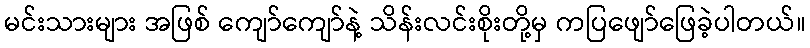
မင်းသားများ အဖြစ် ကျော်ကျော်နဲ့ သိန်းလင်းစိုးတို့မှ ကပြဖျော်ဖြေခဲ့ပါတယ်။